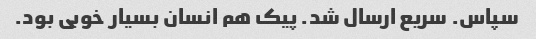
سپاس. سریع ارسال شد. پیک هم انسان بسیار خوبی بود.